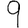
Digit: 9